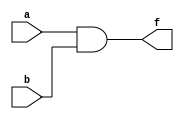
//file and2gate.v
module and2gate(a,b,f) ;
    input a,b ;
    output f ;
    assign f = a & b ;
endmodule

module a7_and2gate(sw, led) ;
    input [7:6] sw;
    output [4:4] led ;
    and2gate U1(sw[7],sw[6],led[4]) ;
endmodule